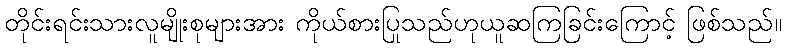
တိုင်းရင်းသားလူမျိုးစုများအား ကိုယ်စားပြုသည်ဟုယူဆကြခြင်းကြောင့် ဖြစ်သည်။